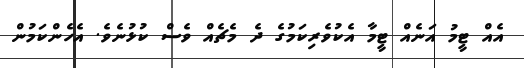
އެއް ޓީމު އަނެއް ޓީމާ އެކުވެރިކަމުގެ ދެ މެޗެއް ވެސް ކުޅުނެވެ. އެހެންކަމުން